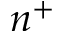
n ^ { + }